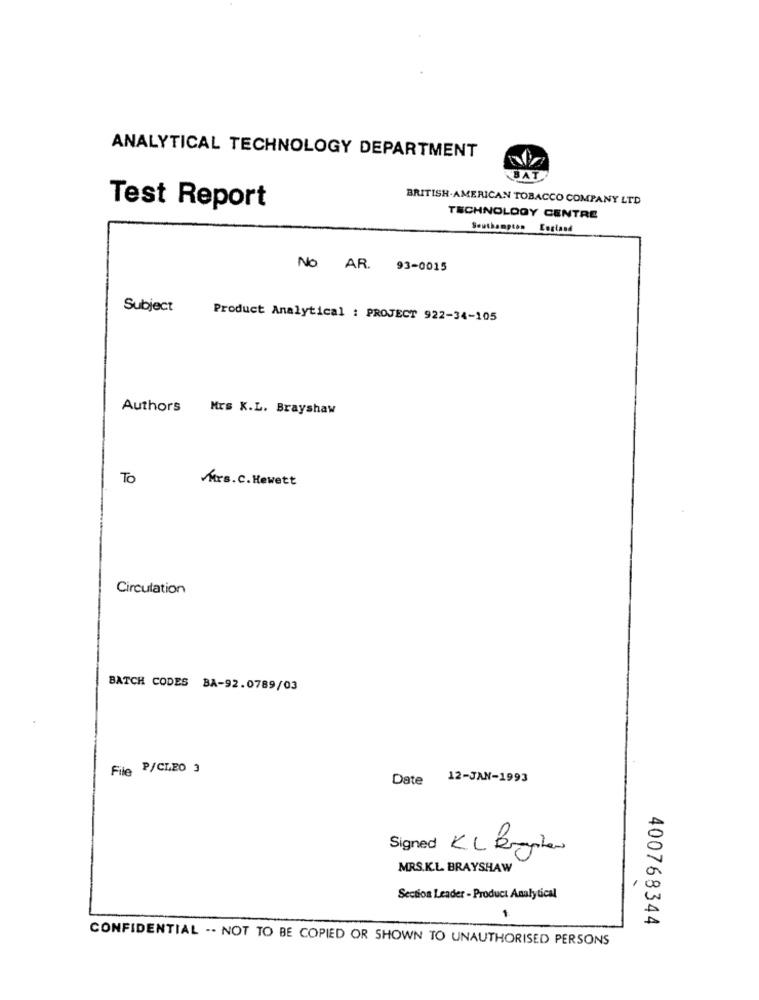
ANALYTICAL TECHNOLOGY DEPARTMENT
BAT
BRITISH-AMERICAN TOBACCO COMPANY LTD
Test Report
TECHNOLOGY CENTRE
Southampton Costand
No AR. 93-0015
Subject
Product Analytical : PROJECT 922-34-105
Authors
Mrs K.L. Brayshaw
To
Mrs. C. Hewett
Circulation
BATCH CODES BA-92.0789/03
File P/CLEO 3
Date
12-JAN-1993
Signed KL Broeken
MRS.K.L. BRAYSHAW
Section Leader - Product Analytical
1
400768344
CONFIDENTIAL .. NOT TO BE COPIED OR SHOWN TO UNAUTHORISED PERSONS